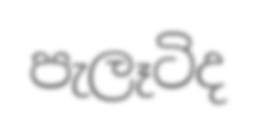
පැලෑටිද